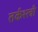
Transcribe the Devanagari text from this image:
तर्कश्स्त्री